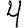
Digit: 4